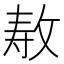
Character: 𫾳